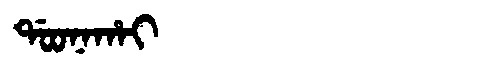
Manchu: ᡩᠣᠣᠨᠠᡥᠠᡳ
Romanization: DOONAHAI